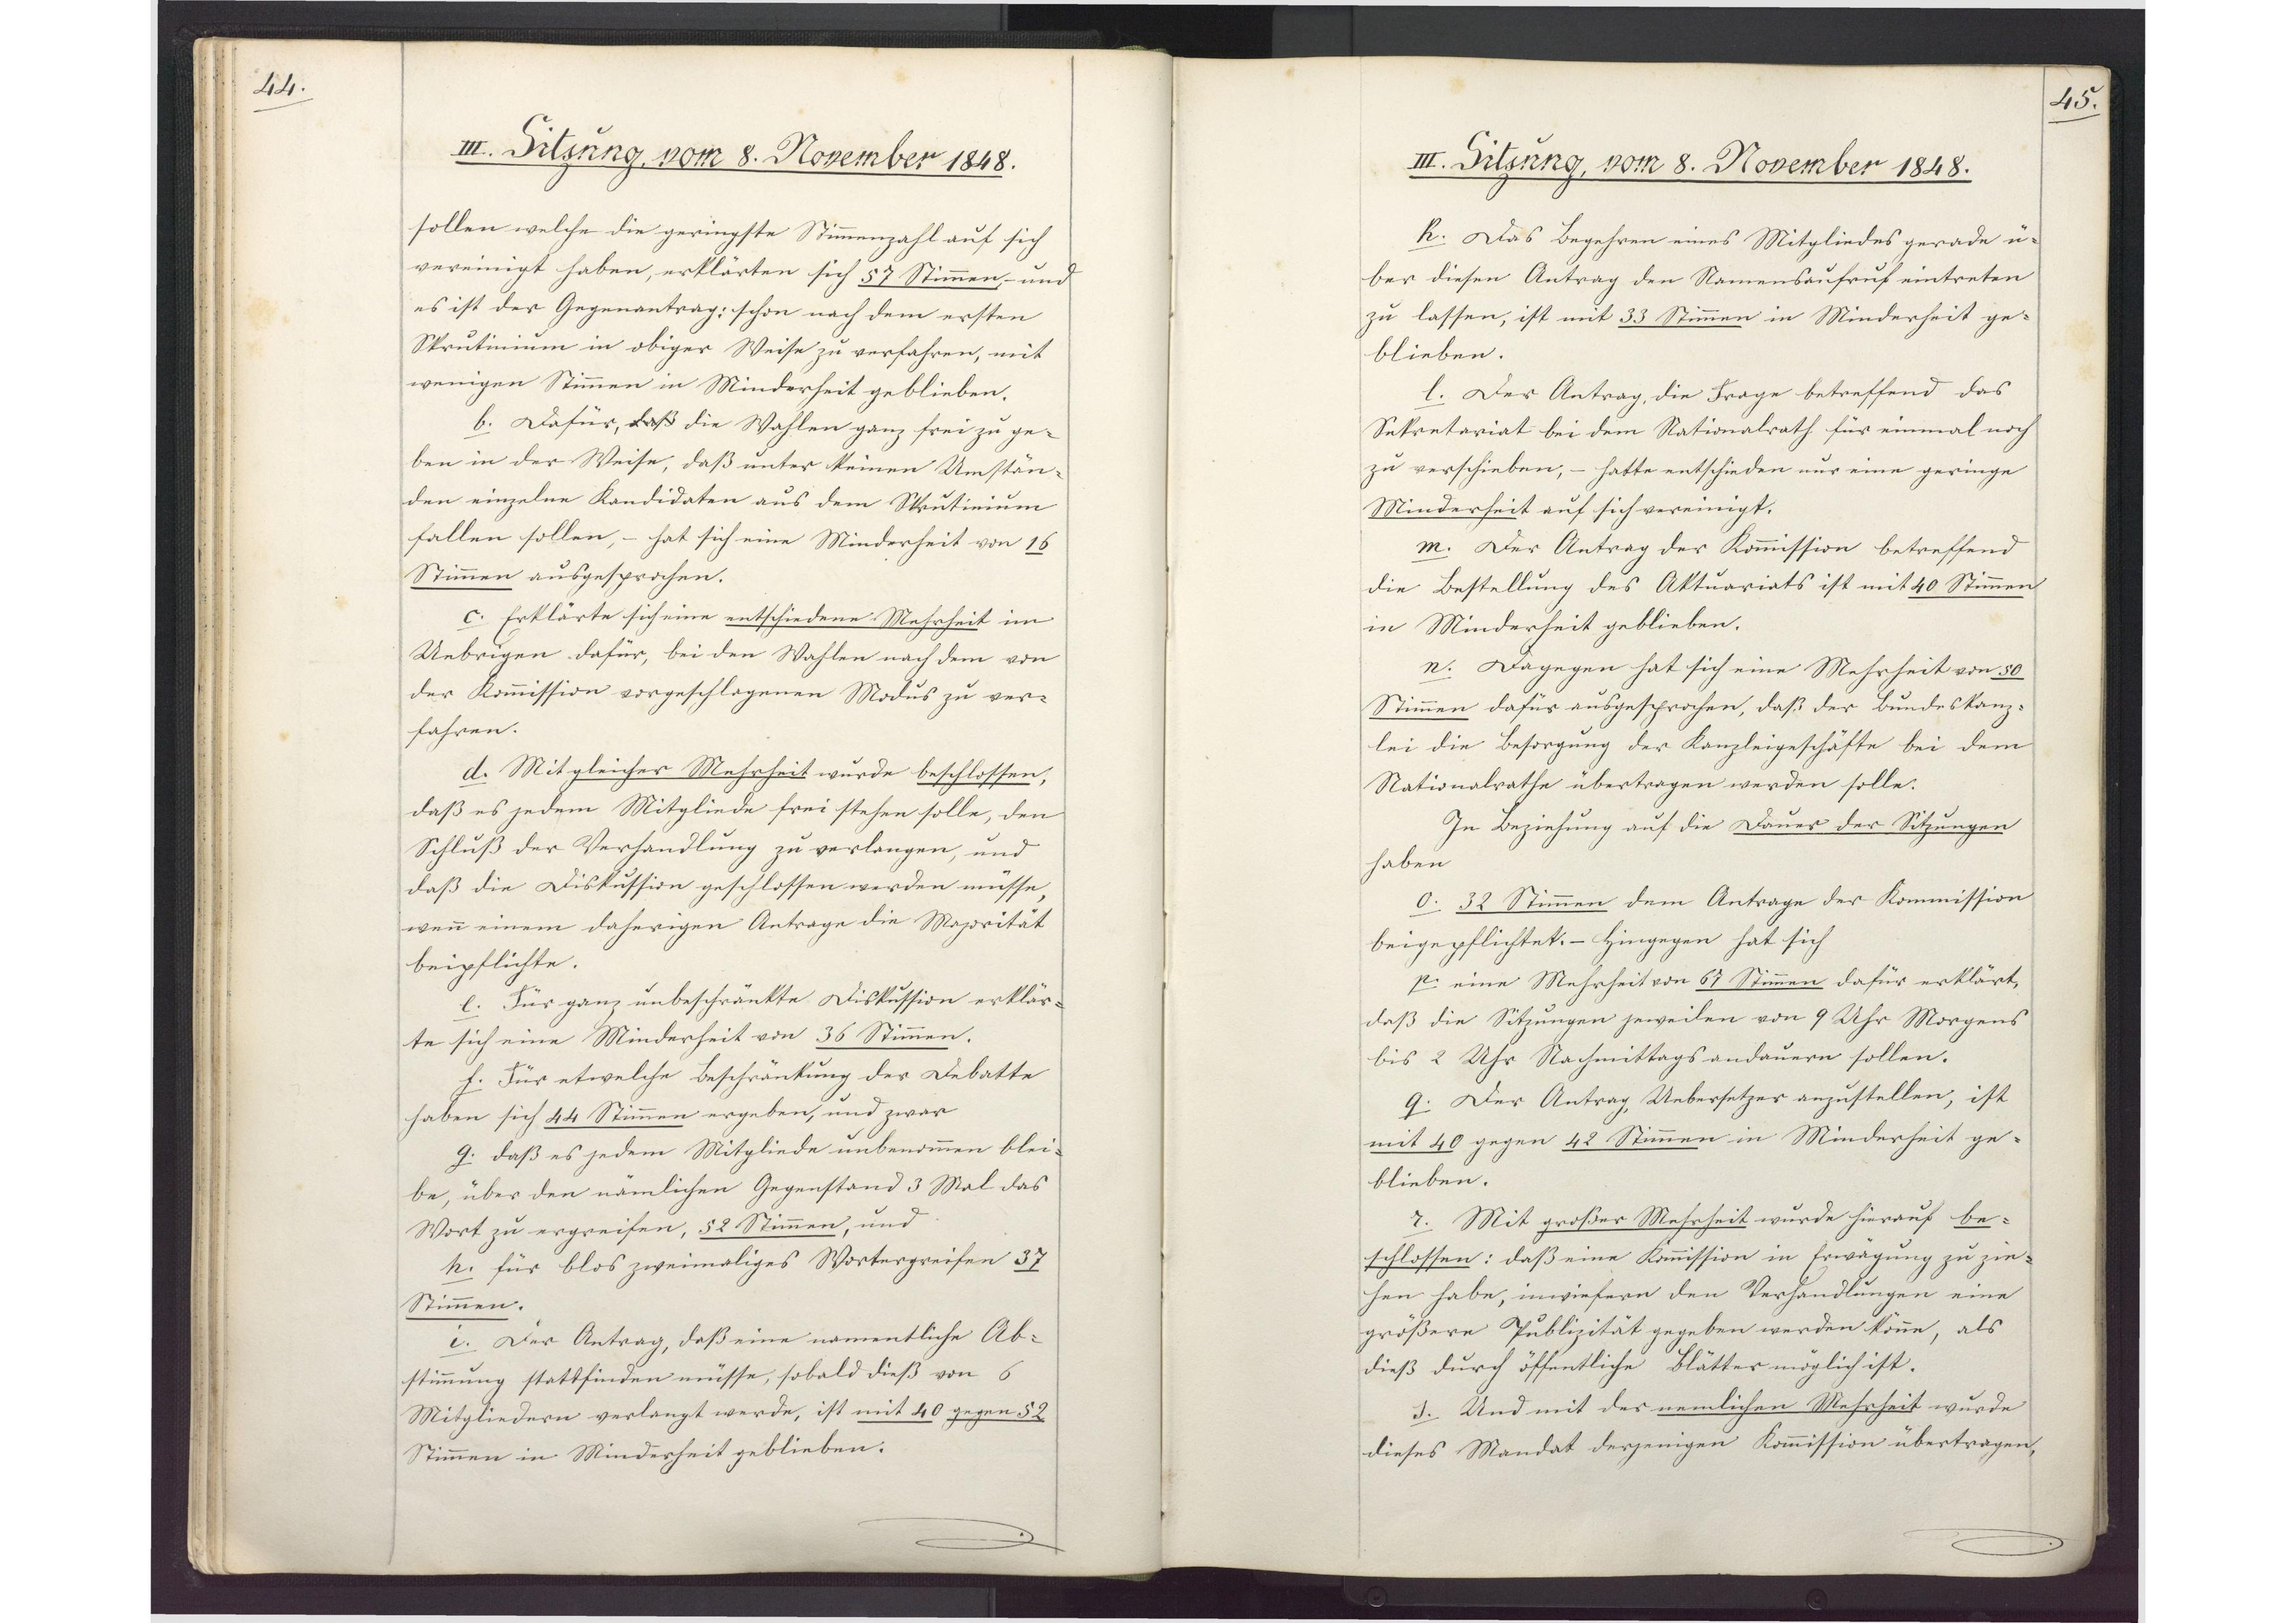
44.

III. Sitzung, vom 8. November 1848.

sollen welche die geringste Stimmenzahl auf sich
vereinigt haben, erklärten sich 57 Stimmen, und
es ist der Gegenantrag: schon nach dem ersten
Skrutinium in obiger Weise zu verfahren, mit
wenigen Stimmen in Minderheit geblieben.
b. Dafür, daß die Wahlen ganz frei zu ge¬
ben in der Weise, daß unter keinen Umstän¬
den einzelne Kandidaten aus dem Skrutinium
fallen sollen, - hat sich eine Minderheit von 16
Stimmen ausgesprochen.
c. Erklärte sich eine entschiedene Mehrheit im
Uebrigen dafür, bei den Wahlen nach dem von
der Kommission vorgeschlagenen Modus zu ver¬
fahren.
d. Mit gleicher Mehrheit wurde beschlossen,
daß es jedem Mitgliede frei stehen solle, den
Schluß der Verhandlung zu verlangen, und
daß die Diskussion geschlossen werden müsse,
wenn einem daherigen Antrage die Mayorität
beipflichte.
e. Für ganz unbeschränkte Diskussion erklär¬
te sich eine Minderheit von 36 Stimmen.
f. Für etwelche Beschränkung der Debatte
haben sich 44 Stimmen ergeben, und zwar
g. daβ es jedem Mitgliede unbenommen blei¬
be, über den nämlichen Gegenstand 3 Mal das
Wort zu ergreifen, 52 Stimmen, und
h. für blos zweimaliges Wortergreifen 37
Stimmen.
i. Der Antrag, daß eine namentliche Ab¬
stimmung stattfinden müsse, sobald dieß von 6
Mitgliedern verlangt werde, ist mit 40 gegen 52
Stimmen in Minderheit geblieben.

45.

III. Sitzung, vom 8. November 1848.

k. Das Begehren eines Mitgliedes gerade ü¬
ber diesen Antrag den Namensaufruf eintreten
zu lassen, ist mit 33 Stimmen in Minderheit ge¬
blieben.
l. Der Antrag, die Frage betreffend das
Sekretariat bei dem Nationalrath für einmal noch
zu verschieben, - hatte entschieden nur eine geringe
Minderheit auf sich vereinigt.
m. Der Antrag der Kommission betreffend
die Bestellung des Aktuariats ist mit 40 Stimmen
in Minderheit geblieben.
n. Dagegen hat sich eine Mehrheit von 50
Stimmen dafür ausgesprochen, daß der Bundeskanz¬
lei die Besorgung der Kanzleigeschäfte bei dem
Nationalrathe übertragen werden solle.
In Beziehung auf die Dauer der Sitzungen
haben
o. 32 Stimmen dem Antrage der Kommission
beigepflichtet. - Hingegen hat sich
p. eine Mehrheit von 67 Stimmen dafür erklärt,
daß die Sitzungen jeweilen von 9 Uhr Morgens
bis 2 Uhr Nachmittags andauern sollen.
q. Der Antrag, Uebersetzer anzustellen, ist
mit 40 gegen 42 Stimmen in Minderheit ge¬
blieben.
r. Mit großer Mehrheit wurde hierauf be¬
schlossen: daß eine Kommission in Erwägung zu zie¬
hen habe, inwiefern den Verhandlungen eine
größere Publizität gegeben werden könne, als
dieß durch öffentliche Blätter möglich ist.
s. Und mit der nemlichen Mehrheit wurde
dieses Mandat derjenigen Kommission übertragen,